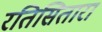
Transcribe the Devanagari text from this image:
रतिसितारा